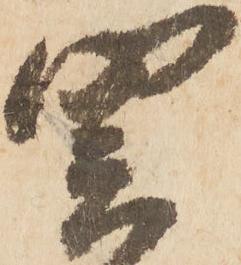
関